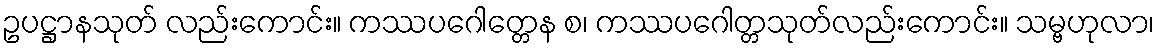
ဥပဋ္ဌာနသုတ် လည်းကောင်း။ ကဿပဂေါတ္တေန စ၊ ကဿပဂေါတ္တသုတ်လည်းကောင်း။ သမ္ဗဟုလာ၊